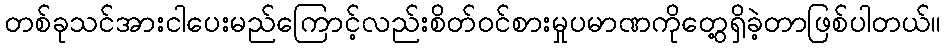
တစ်ခုသင်အားငါပေးမည်ကြောင့်လည်းစိတ်ဝင်စားမှုပမာဏကိုတွေ့ရှိခဲ့တာဖြစ်ပါတယ်။